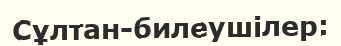
Сұлтан-билеушілер: